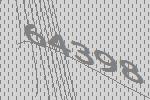
64398